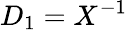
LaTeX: D_{1}=X^{-1}